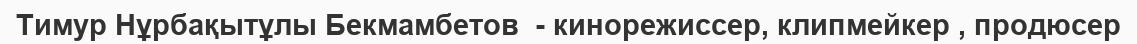
Тимур Нұрбақытұлы Бекмамбетoв  - кинорежиссер, клипмейкер , продюсер